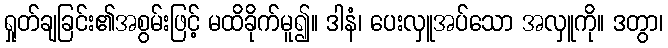
ရှုတ်ချခြင်း၏အစွမ်းဖြင့် မထိခိုက်မူ၍။ ဒါနံ၊ ပေးလှူအပ်သော အလှူကို။ ဒတွာ၊